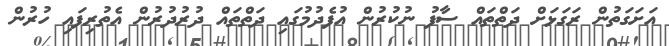
އަށަގަތުން ރަގަޅަށް ދަތްތައް ސާފު ނުކުރުން އުފެދުމުގައި ދަތްތައް ދުރުދުރުން އެތުރިފައި ހުރުން